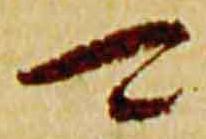
可